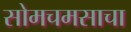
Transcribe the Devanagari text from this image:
सोमचमसाचा